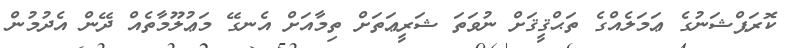
ކޮރަޕްޝަނުގެ ޢަމަލެއްގެ ތަޙްޤީޤަށް ނުވަތަ ޝަރީޢަތަށް ތިމާއަށް އެނގޭ މަޢުލޫމާތެއް ދޭން އެދުމުން